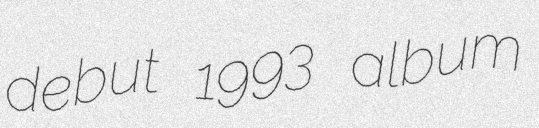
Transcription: debut 1993 album